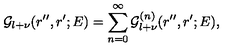
{ \mathcal G } _ { l + \nu } ( r ^ { \prime \prime } , r ^ { \prime } ; E ) = \sum _ { n = 0 } ^ { \infty } { \mathcal G } _ { l + \nu } ^ { ( n ) } ( r ^ { \prime \prime } , r ^ { \prime } ; E ) ,